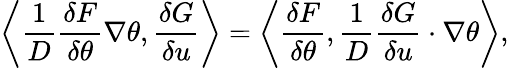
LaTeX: \left\langle\frac{1}{D}\frac{\delta F}{\delta\theta}\nabla\theta,\frac{\delta G}{\delta u}\right\rangle=\left\langle\frac{\delta F}{\delta\theta},\frac{1}{D}\frac{\delta G}{\delta u}\cdot\nabla\theta\right\rangle,